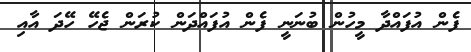
ފެން އުފައްދާ މީހުން ބުނަނީ ފެން އުފައްދަން ކުރަން ޖެހޭ ހޭދަ އާއި